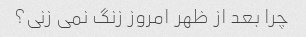
چرا بعد از ظهر امروز زنگ نمی زنی؟